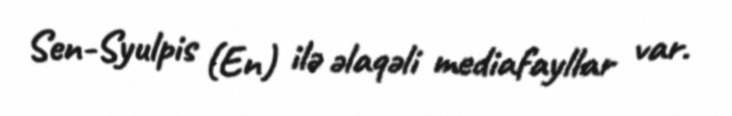
Sen-Syulpis (En) ilə əlaqəli mediafayllar var.